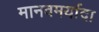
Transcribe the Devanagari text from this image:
मानवमर्यादा